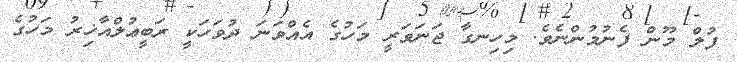
ފުލް މޫން ފެނުމުންނެވެ. މިހިނގާ ޖަނަވަރީ މަހުގެ އެއްވަނަ ދުވަހަކީ ރަބީޢުލްއާޚިރު މަހުގެ